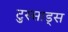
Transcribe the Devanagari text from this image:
टुस्साड्स